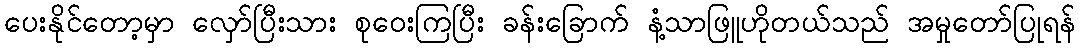
ပေးနိုင်တော့မှာ လှော်ပြီးသား စုဝေးကြပြီး ခန်းခြောက် နံ့သာဖြူဟိုတယ်သည် အမှုတော်ပြုရန်